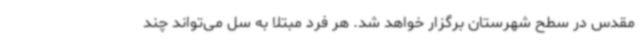
مقدس در سطح شهرستان برگزار خواهد شد. هر فرد مبتلا به سل می‌تواند چند